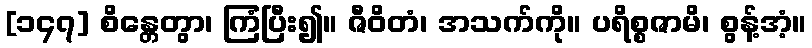
[၁၄၇] စိန္တေတွာ၊ ကြံပြီး၍။ ဇီဝိတံ၊ အသက်ကို။ ပရိစ္စဇာမိ၊ စွန့်အံ့။